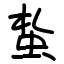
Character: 蚻